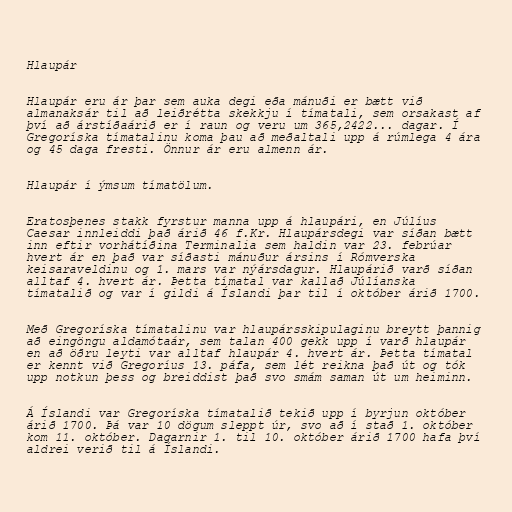
Hlaupár

Hlaupár eru ár þar sem auka degi eða mánuði er bætt við
almanaksár til að leiðrétta skekkju í tímatali, sem orsakast af
því að árstíðaárið er í raun og veru um 365,2422... dagar. Í
Gregoríska tímatalinu koma þau að meðaltali upp á rúmlega 4 ára
og 45 daga fresti. Önnur ár eru almenn ár.

Hlaupár í ýmsum tímatölum.

Eratosþenes stakk fyrstur manna upp á hlaupári, en Júlíus
Caesar innleiddi það árið 46 f.Kr. Hlaupársdegi var síðan bætt
inn eftir vorhátíðina Terminalia sem haldin var 23. febrúar
hvert ár en það var síðasti mánuður ársins í Rómverska
keisaraveldinu og 1. mars var nýársdagur. Hlaupárið varð síðan
alltaf 4. hvert ár. Þetta tímatal var kallað Júlíanska
tímatalið og var í gildi á Íslandi þar til í október árið 1700.

Með Gregoríska tímatalinu var hlaupársskipulaginu breytt þannig
að eingöngu aldamótaár, sem talan 400 gekk upp í varð hlaupár
en að öðru leyti var alltaf hlaupár 4. hvert ár. Þetta tímatal
er kennt við Gregoríus 13. páfa, sem lét reikna það út og tók
upp notkun þess og breiddist það svo smám saman út um heiminn.

Á Íslandi var Gregoríska tímatalið tekið upp í byrjun október
árið 1700. Þá var 10 dögum sleppt úr, svo að í stað 1. október
kom 11. október. Dagarnir 1. til 10. október árið 1700 hafa því
aldrei verið til á Íslandi.